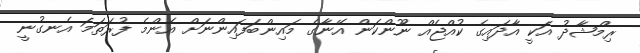
ރިމްޝާދު އަކީ އާދައިގެ ކުއްޖެއް ނޫންކަން އޭނާގެ މައިންބަފައިންނަށް އެންމެ ފުރަތަމަ އެނގުނީ